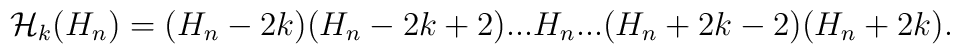
{\cal H}_k(H_n)=(H_n-2k)(H_n-2k+2)...H_n...(H_n+2k-2)(H_n+2k).